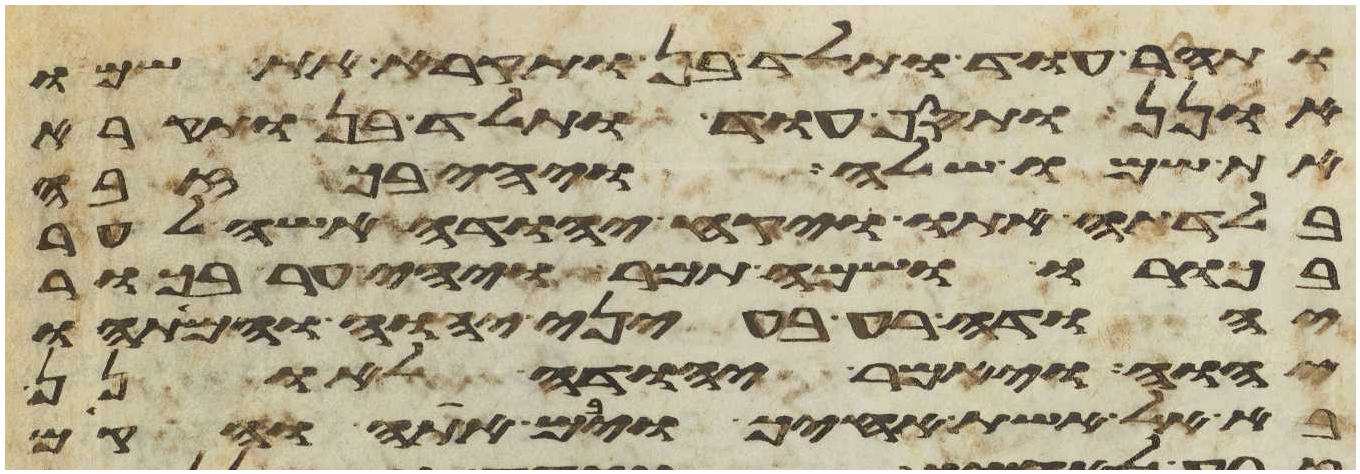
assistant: ותהר עוד ותלד בן ותקרא את שמו
אונן ותסף עוד ותלד בן ותקרא
את שמו שלה ויהי בכזבה
בלדתה אתו ויקח יהודה אשה לער
בכורו ושמה תמר ויהי ער בכור
יהודה רע בעיני יהוה וימתהו
יהוה ויאמר יהודה לאונן
בא אל אשת אחיך ויבם אתה והקם